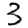
Digit: 3